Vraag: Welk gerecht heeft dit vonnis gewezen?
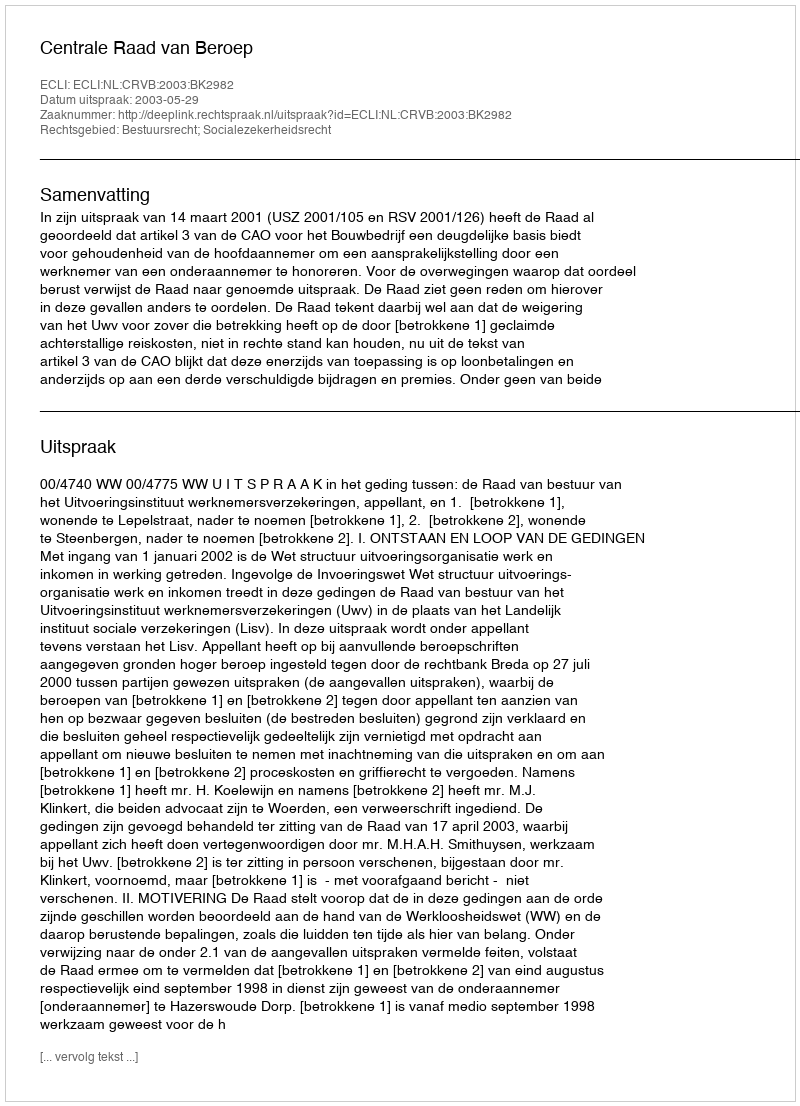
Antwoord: Centrale Raad van Beroep